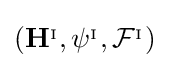
\left(\mathbf {H} ^{_{\mathrm {I} }},\psi ^{_{\mathrm {I} }},{\mathcal {F}}^{_{\mathrm {I} }}\right)